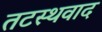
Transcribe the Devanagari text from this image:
तटस्थवाद